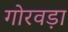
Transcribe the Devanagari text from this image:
गोरवड़ा